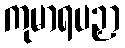
ကုမာရပဉှာ